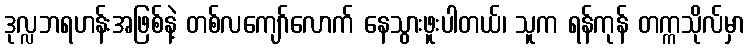
ဒုလ္လဘရဟန်းအဖြစ်နဲ့ တစ်လကျော်လောက် နေသွားဖူးပါတယ်၊ သူက ရန်ကုန် တက္ကသိုလ်မှာ